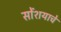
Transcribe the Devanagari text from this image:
सोंशयाचे